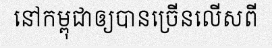
នៅកម្ពុជាឲ្យបានច្រើនលើសពី